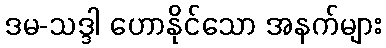
ဒမ-သဒ္ဒါ ဟောနိုင်သော အနက်များ